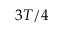
3 T / 4